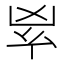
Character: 𠂳